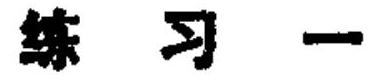
练习一